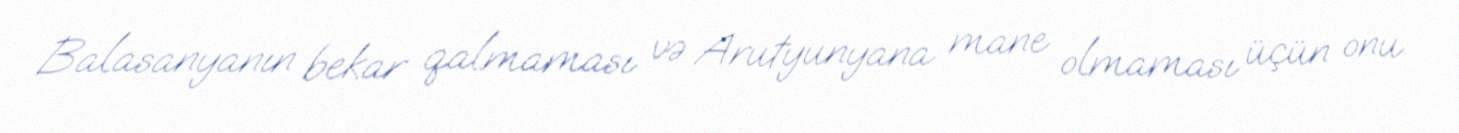
Balasanyanın bekar qalmaması və Arutyunyana mane olmaması üçün onu